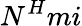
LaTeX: N^{H}mi